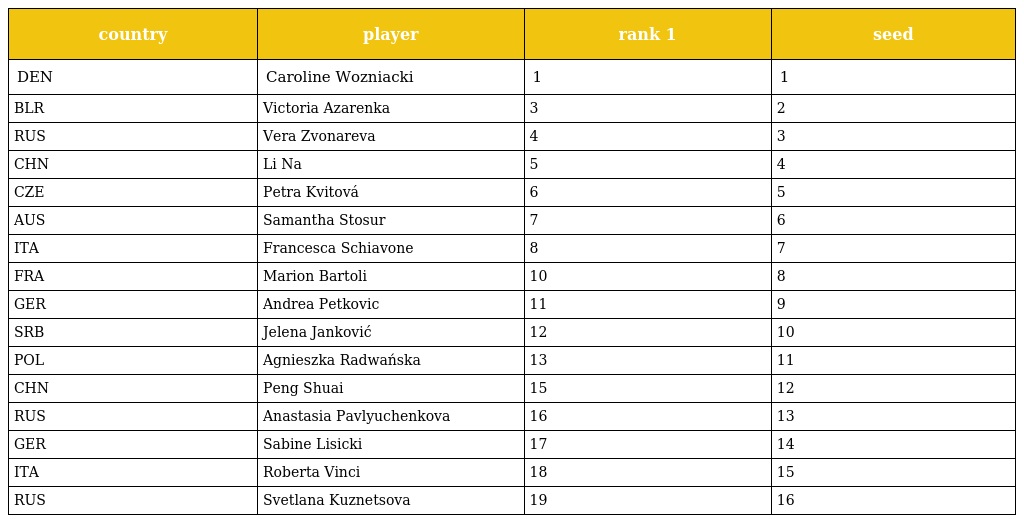
| country | player | rank 1 | seed |
 | --- | --- | --- | --- |
 | DEN | Caroline Wozniacki | 1 | 1 |
 | BLR | Victoria Azarenka | 3 | 2 |
 | RUS | Vera Zvonareva | 4 | 3 |
 | CHN | Li Na | 5 | 4 |
 | CZE | Petra Kvitová | 6 | 5 |
 | AUS | Samantha Stosur | 7 | 6 |
 | ITA | Francesca Schiavone | 8 | 7 |
 | FRA | Marion Bartoli | 10 | 8 |
 | GER | Andrea Petkovic | 11 | 9 |
 | SRB | Jelena Janković | 12 | 10 |
 | POL | Agnieszka Radwańska | 13 | 11 |
 | CHN | Peng Shuai | 15 | 12 |
 | RUS | Anastasia Pavlyuchenkova | 16 | 13 |
 | GER | Sabine Lisicki | 17 | 14 |
 | ITA | Roberta Vinci | 18 | 15 |
 | RUS | Svetlana Kuznetsova | 19 | 16 |